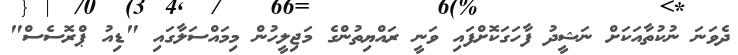
ދެވަނަ ނުކުތާއަކަށް ނަޝީދު ފާހަގަކޮށްފައި ވަނީ ރައްޔިތުންގެ މަޖިލީހުން މިމައްސަލާގައި "ޑިއު ޕްރޮސެސް"